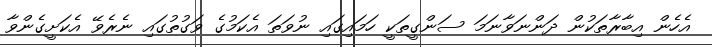
އެހެން އިބާރާތަކުން ދަންނަވާނަމަ ސަންގީތަކީ ހަމައިގައި ނުވަތަ އެކަމުގެ ވަގުތުގައި ނެރެވޭ އެކަށީގެންވާ